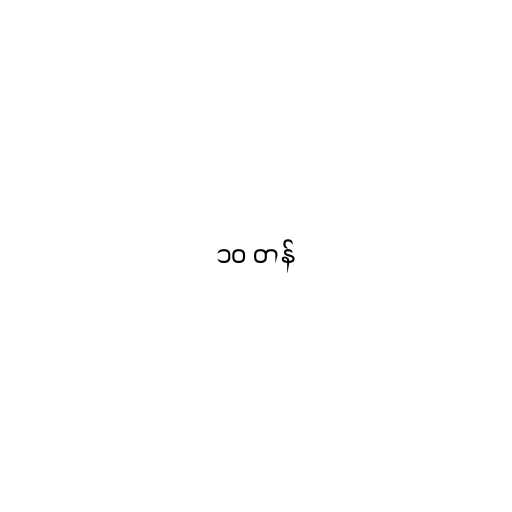
၁၀ တန်